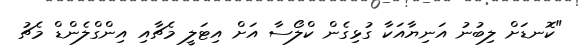
"ކޮނޑަށް ލިބުނު އަނިޔާއަކާ ގުޅިގެން ކްލޯސާ އަށް އިޓަލީ މެޗާއި އިންގްލެންޑް މެޗު